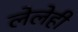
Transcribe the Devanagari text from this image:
लेलेही